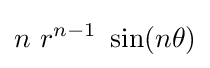
n~r^{n-1}~\sin(n\theta )